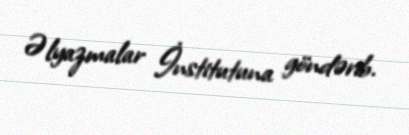
Əlyazmalar İnstitutuna göndərib.